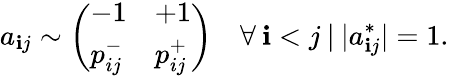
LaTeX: a_{\mathbf{i}j}\sim\left(\begin{array}{ll}{-1}&{+1}\\ {p_{ij}^{-}}&{p_{ij}^{+}}\end{array}\right)\quad\forall\: \mathbf{i}<j\: |\: |a_{\mathbf{i}j}^{*}|=1.